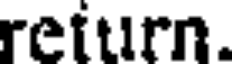
return.